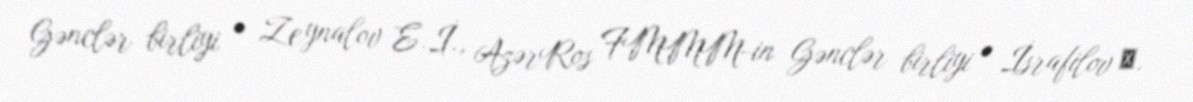
Gənclər birliyi • Zeynalov E.İ., AzərRos FMMM-in Gənclər birliyi • İsrafilov А.